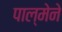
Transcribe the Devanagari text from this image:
पाल्मेने